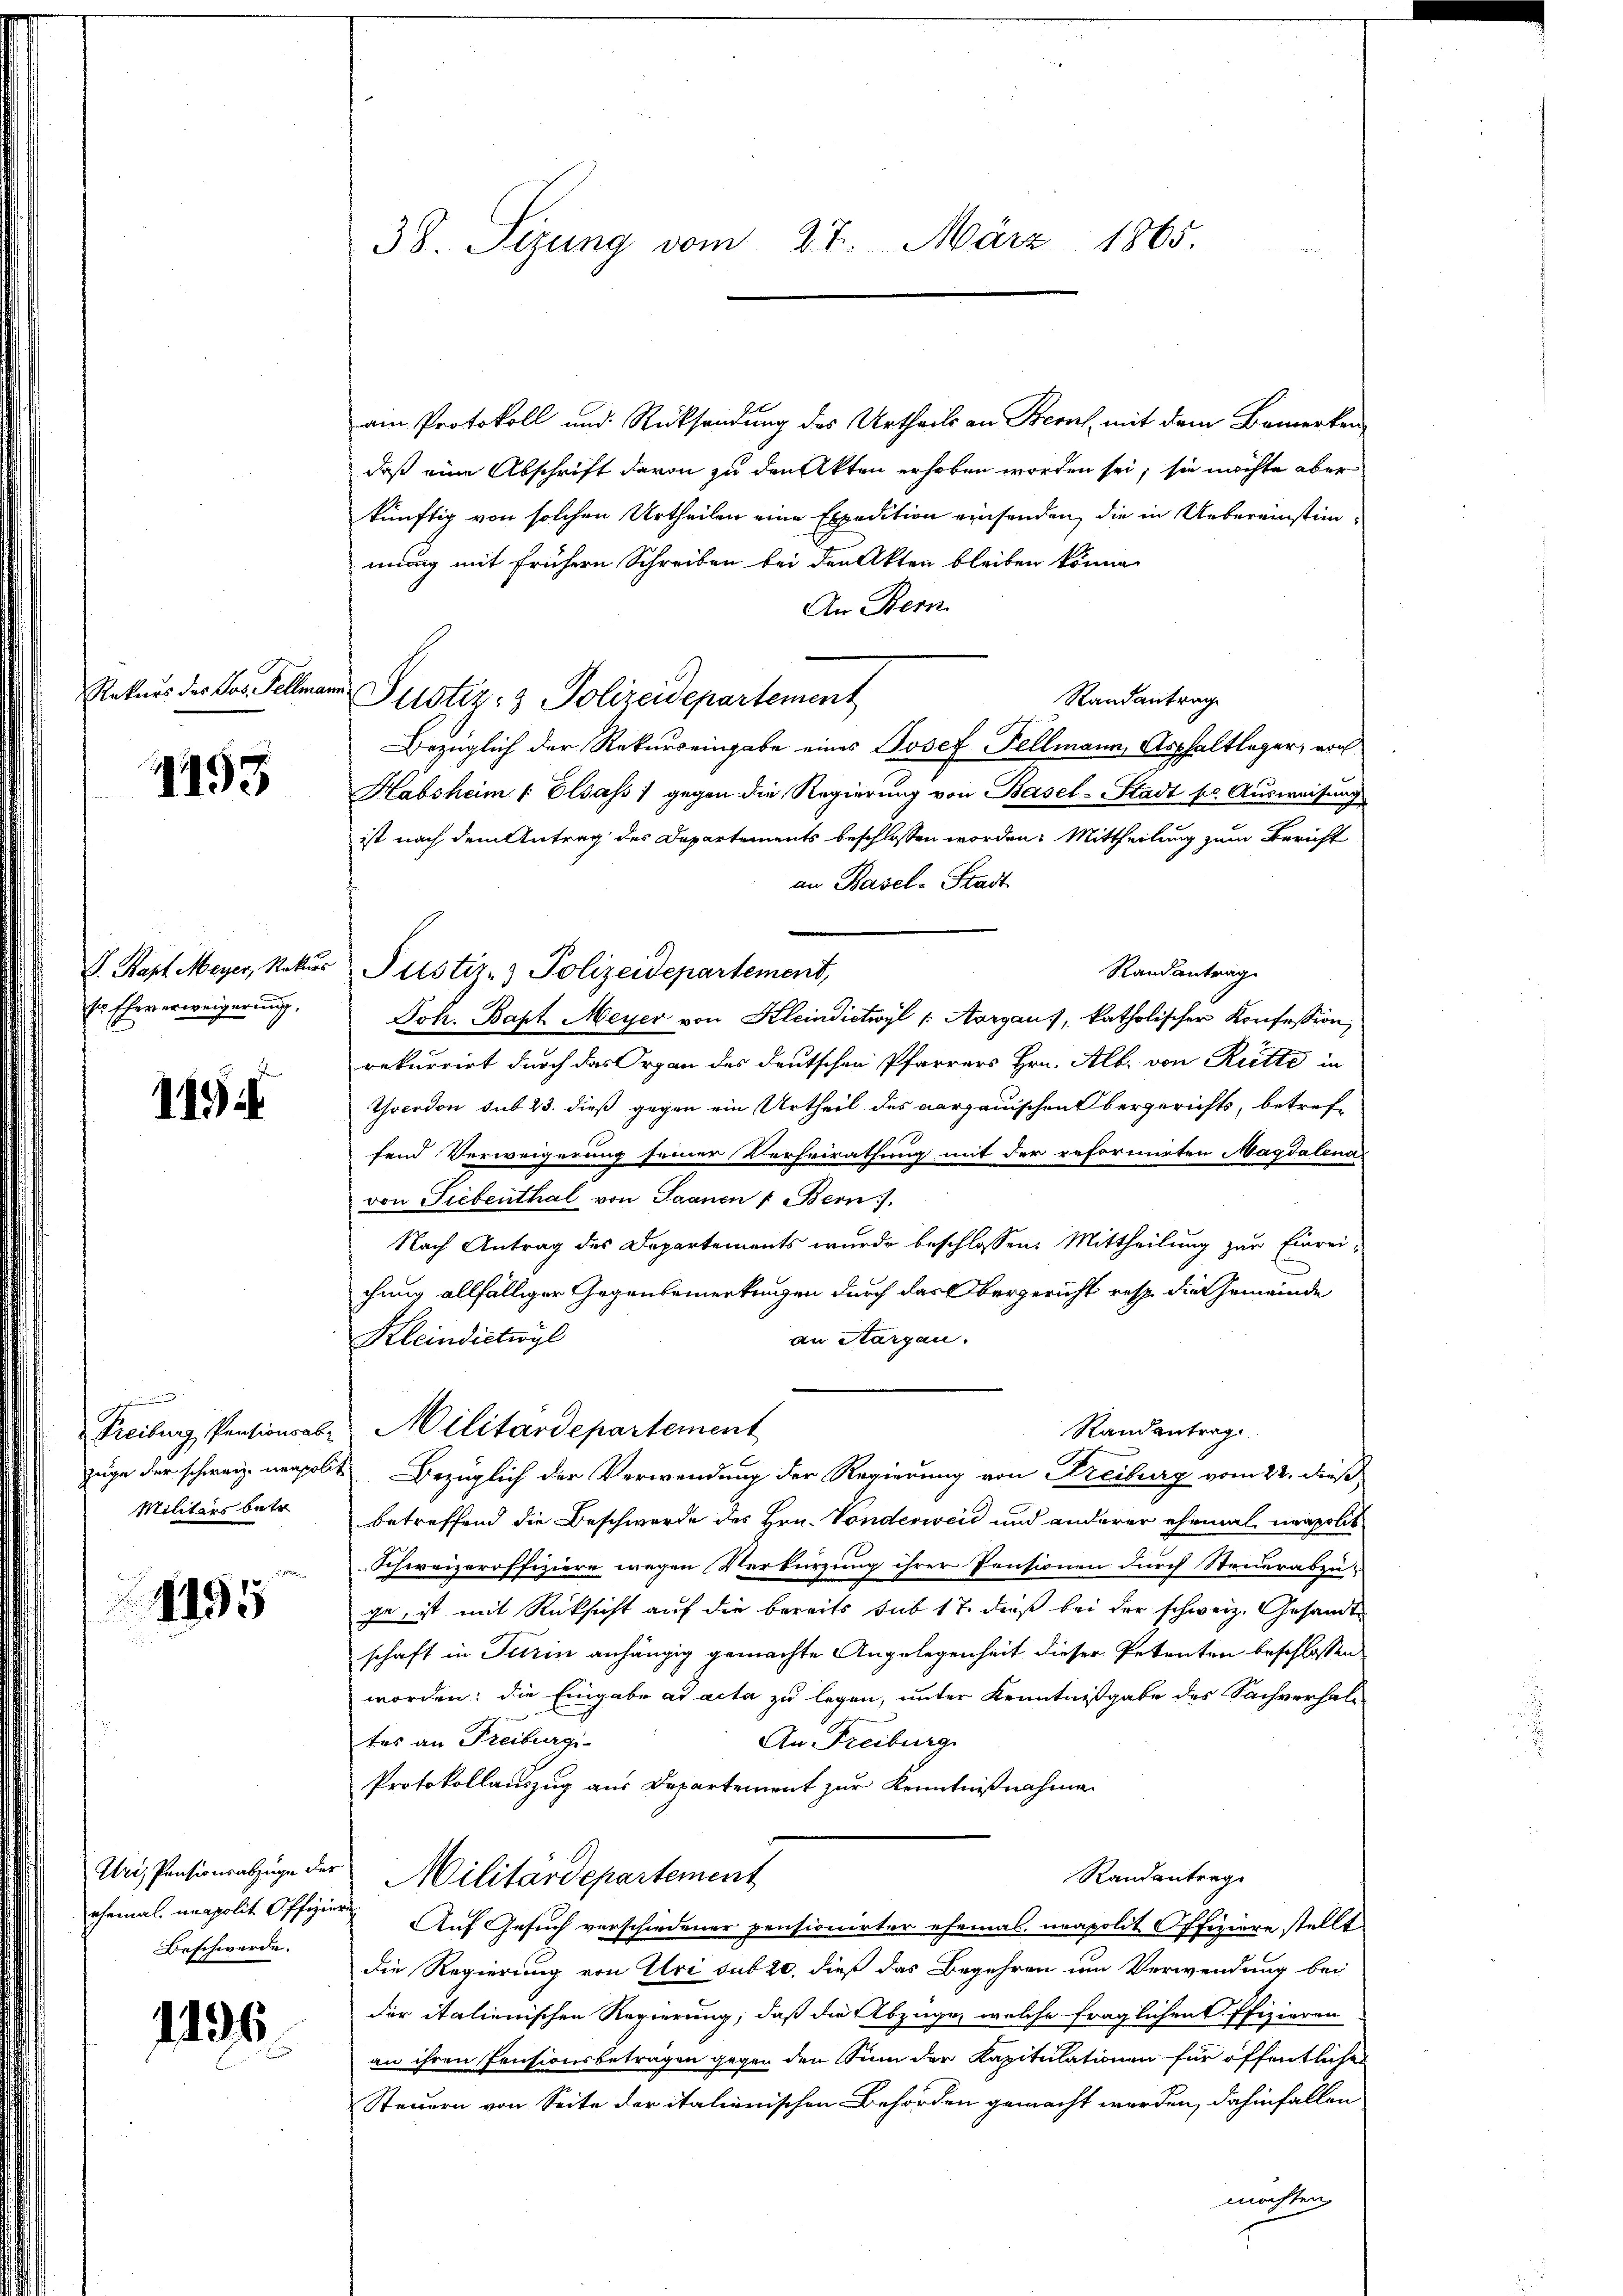
Rekurs des Jos. Fellmann.

1195

V. Kapf Meyer, Rekurs
 Eheverweigerung,

119

Freiburg, Pensionsab
zeige der schweiz. neapoli
Militärs betr.

1195

Uri, Pensionsabzüge der
ehemal unapolit. Offizine
Beschwerde.

1496

38. Sizung vom 27. März 1865.

am Protokoll und Rücksendung des Urtheils an Zürich, mit dem Bemerken
daß eine Abschrift davon zu den Akten erhoben worden sei, sie möchte aber
künftig von solchen Urtheilen eine Expedition einsenden, die in Uebereinstimmung mit frühern Schreiben bei den Akten bleiben könne.
An Bern
Randantrag
Justiz- & Polizeidepartement
Bezüglich der Rekurs eingabe eines Josef Fellmann, Asphaltleger, von
Habsheim Elsass) gegen die Regierung von Basel-Stadt pr. Ausweisung
ist nach dem Antrag des Departements beschlossen worden. Mittheilung zum Bericht
an Basel-Stadt
Randantrag.
Justiz- & Polizeidepartement,
Joh. Bapt Meyer von Kleindictivyl 1. Aargau), katholischer Konfession,
rekurrirt durch das Organ des Deutschen Pfarrers Hrn. Alb. von Ritte in
Yverdon sub 23. dieß gegen ein Urtheil des Aargauischen Obergerichts, betreffend Verweigerung seiner Verheirathung mit der reformirten Magdalena
von Fiebenthal von Saanen u Bern).
Nach Antrag des Departements wurde beschlossen: Mittheilung zur Einrei-
chung allfälliger Gegenbemerkungen durch das Obergericht resp. die Gemeinde
an Sargau.
Kleindictwyl
Militärdepartement
Randantrag
Bezüglich der Verwendung der Regierung von Freiburg vom 22. dieß,
betreffend die Beschwerde des Hrn. Vonderweid und anderer ehemal neapolit
Schweizeroffiziere wegen Verkürzung ihrer Pensionen durch Steuerabzu-
ge, ist mit Rücksicht auf die bereits sub 17. dieß bei der schweiz. Gesandte
schaft in Turin anhängig gemachte Angelegenheit dieser Petenten beschlossen
worden; die Eingabe ad acta zu legen, unter Kenntnißgabe des Sachverhal¬
An Freiburg
tes an Freiburgi
Protokollauszug aus Departement zur Kenntnißnahme
Randantrag
Militärdepartement
 Auf Gesuch verschiedener pensionirter ehemal neapolit. Offiziere stellt
die Regierung von Uri sub 20. dieß das Begehren um Verwendung bei
der italienischen Regierung, daß die Abzüge, welche fraglichen Pfizieren
an ihren Pensionsbetragen gegen den Sinn der Kapitulationen für öffentlichen
Steuern von Seite der italienischen Behörden gemacht worden, dahinfallen
möchten,